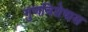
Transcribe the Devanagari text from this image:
गुणविशेषास